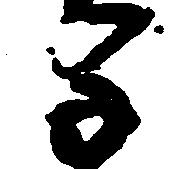
子